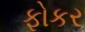
ફોકર